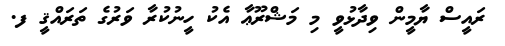
ރައީސް ޔާމީން ވިދާޅުވީ މި މަޝްރޫޢާ އެކު ހީނުކުރާ ވަރުގެ ތަރައްޤީ ފ.